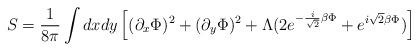
LaTeX: \begin{align*}S={1\over 8\pi} \int dx dy\left[(\partial_x\Phi)^2+(\partial_y\Phi)^2+\Lambda(2e^{-{i\over \sqrt{2}}\beta\Phi}+e^{i\sqrt{2}\beta\Phi})\right] \end{align*}